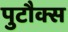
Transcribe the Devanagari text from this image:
पुटौक्स